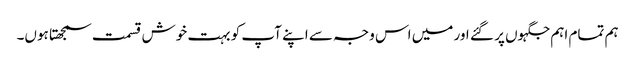
ہم تمام اہم جگہوں پر گئے اور میں اس وجہ سے اپنے آپ کو بہت خوش قسمت سمجھتا ہوں۔